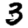
Digit: 3